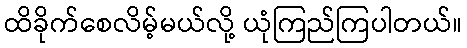
ထိခိုက်စေလိမ့်မယ်လို့ ယုံကြည်ကြပါတယ်။